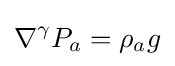
\nabla ^{\gamma }P_{a}=\rho _{a}g